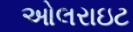
ઓલરાઇટ